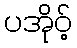
ပအိုဝ့်